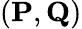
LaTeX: (\mathbf{{P}},\mathbf{{Q}})